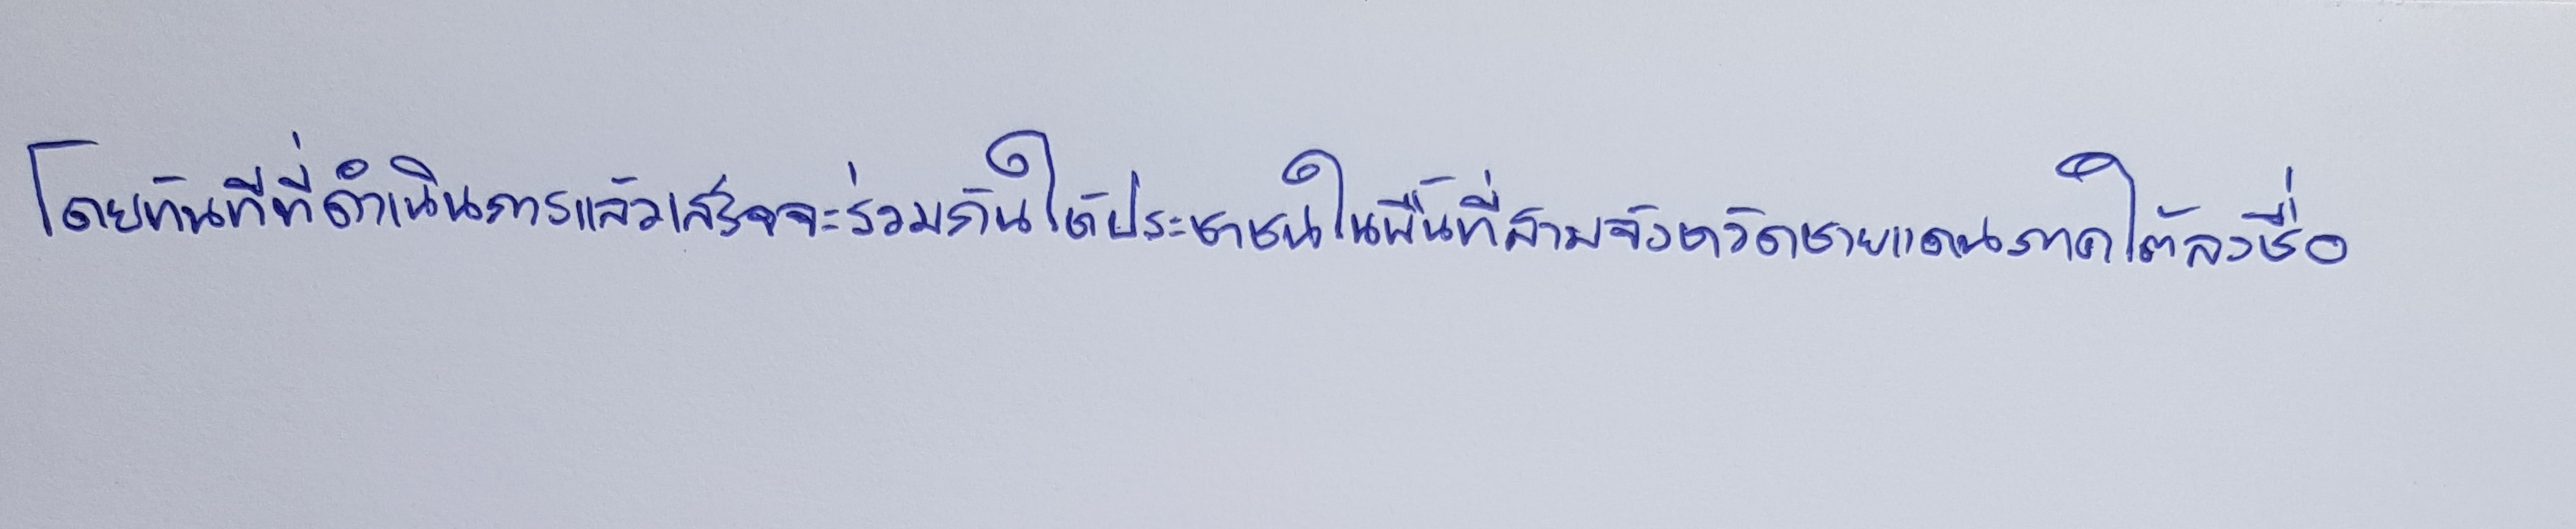
โดยทันทีที่ดำเนินการแล้วเสร็จจะร่วมกันให้ประชาชนในพื้นที่สามจังหวัดชายแดนภาคใต้ลงชื่อ